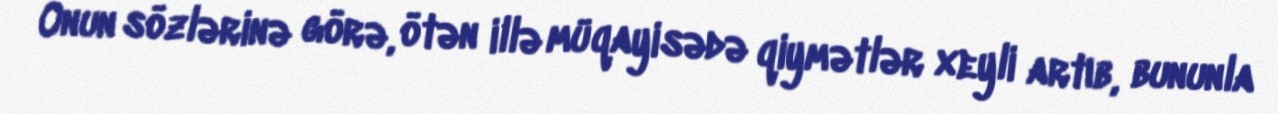
Onun sözlərinə görə, ötən illə müqayisədə qiymətlər xeyli artıb, bununla